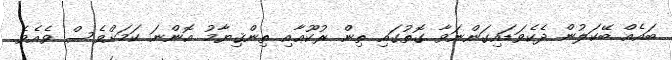
ބައެއް ބޭކަލުން ދެކެވަޑައިގަންނަވާ ގޮތުގައި ތިން ރުކޫޢާއި ތިންޤިޔާމު އޮންނަ ކަމަށްވެސް ވެއެވެ.